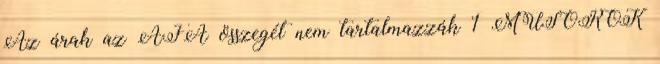
Az árak az ÁFA összegét nem tartalmazzák 1 MŰSOROK